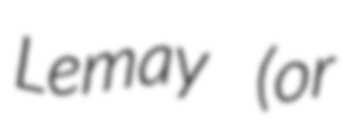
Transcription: Lemay (or